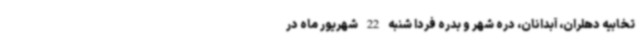
تخابیه دهلران، آبدانان، دره شهر و بدره فردا شنبه 22 شهریور ماه در